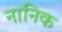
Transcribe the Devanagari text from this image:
नानिक